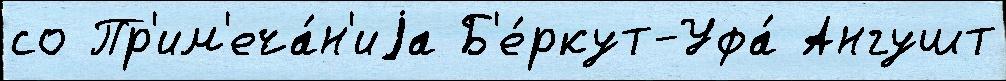
со Пр'им'еча́н'иjа Б'е́ркут-Уфа́ Ангушт